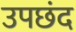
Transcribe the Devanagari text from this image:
उपछंद